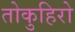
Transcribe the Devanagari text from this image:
तोकुहिरो